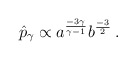
\begin{align*}\hat{p}_\gamma \propto a^{{-3\gamma}\over {\gamma-1}} b^{-3\over2} \, .\end{align*}